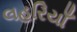
લહરિયાઁ